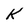
Character: K